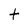
Character: t